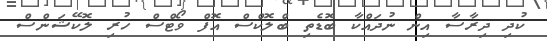
ކުދި ދިރާސާ އިން ނުދައްކާ ބޮޑެތި ބްލޮކްސް އޮފް ވޯޓްސް ހުރި ލޮކޭޝަންސް